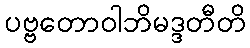
ပဗ္ဗတောဝါဘိမဒ္ဒတီတိ